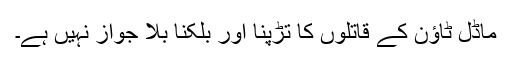
ماڈل ٹاﺅن کے قاتلوں کا تڑپنا اور بلکنا بلا جواز نہیں ہے۔